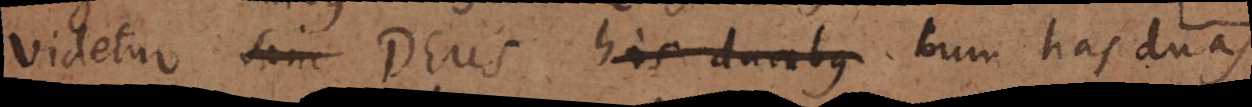
videtur sive Deus his duobus cum has duas